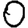
Digit: 0